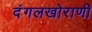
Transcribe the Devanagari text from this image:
दंगलखोराणी